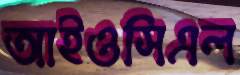
আইওসিএল